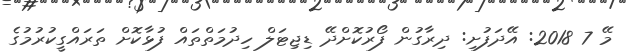
މޭ 7 2018: އޭދަފުށި: ދިރާގުން ފޯރުކޮށްދޭ ޑިޖިޓަލް ހިދުމަތްތައް ފުޅާކޮށް ތަރައްގީކުރުމުގެ